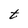
Character: t